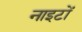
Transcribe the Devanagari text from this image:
नाइटों